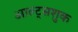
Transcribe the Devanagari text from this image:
आल्ट्सशुक